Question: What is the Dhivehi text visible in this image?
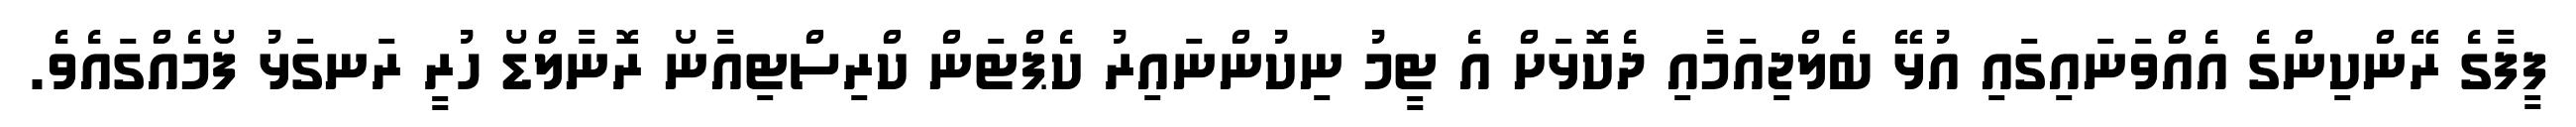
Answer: ފީފާގެ ރޭންކިންގެ އެއްވަނައިގައި އުޅޭ ބެލްޖިއަމާއި ދެކޮޅަށް އެ ޓީމު ނިކުންނައިރު ކެޕްޓަން ކްރިސްޓިއާނޯ ރޮނާލްޑޯ ހުރީ ރަނގަޅު ފޯމެއްގައެވެ.